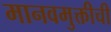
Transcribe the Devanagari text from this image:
मानवमुक्तीची